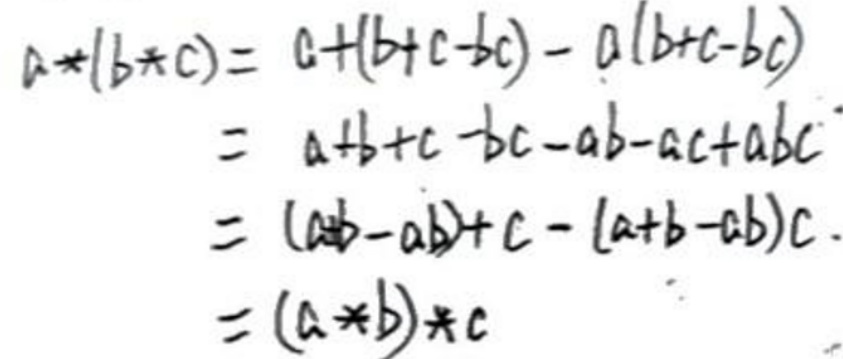
\begin{align*}
a*(b*c)&=a+(b+c-bc)-a(b+c-bc)\\
&=a+b+c-bc-ab-ac+abc\\
&=(a+b-ab)+c-(a+b-ab)c\\
&=(a*b)*c
\end{align*}